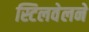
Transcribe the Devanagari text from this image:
स्टिलवेलने